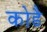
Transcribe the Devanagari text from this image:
कोडै